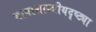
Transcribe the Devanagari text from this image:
भाषाशास्त्रीयदृष्ट्या